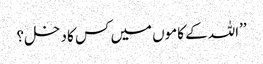
’’اللہ کے کاموں میں کس کا دخل؟